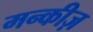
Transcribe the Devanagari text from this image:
मन्कीज़